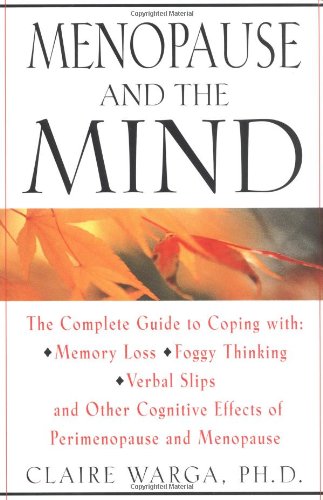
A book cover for Menopause and the Mind: The Complete Guide to Coping with Memory Loss, Foggy Thinking, Verbal Confusion, and Other Cognitive Effects of Perimenopause and Menopause; Claire L. Warga Ph.D.; Health, Fitness & Dieting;